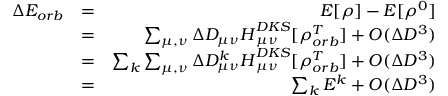
\begin{array} { r l r } { \Delta E _ { o r b } } & { = } & { E [ \rho ] - E [ \rho ^ { 0 } ] } \\ & { = } & { \sum _ { \mu , \nu } \Delta D _ { \mu \nu } \boldsymbol { H } _ { \mu \nu } ^ { D K S } [ \rho _ { o r b } ^ { T } ] + O ( \Delta D ^ { 3 } ) } \\ & { = } & { \sum _ { k } \sum _ { \mu , \nu } \Delta D _ { \mu \nu } ^ { k } \boldsymbol { H } _ { \mu \nu } ^ { D K S } [ \rho _ { o r b } ^ { T } ] + O ( \Delta D ^ { 3 } ) } \\ & { = } & { \sum _ { k } E ^ { k } + O ( \Delta D ^ { 3 } ) } \end{array}